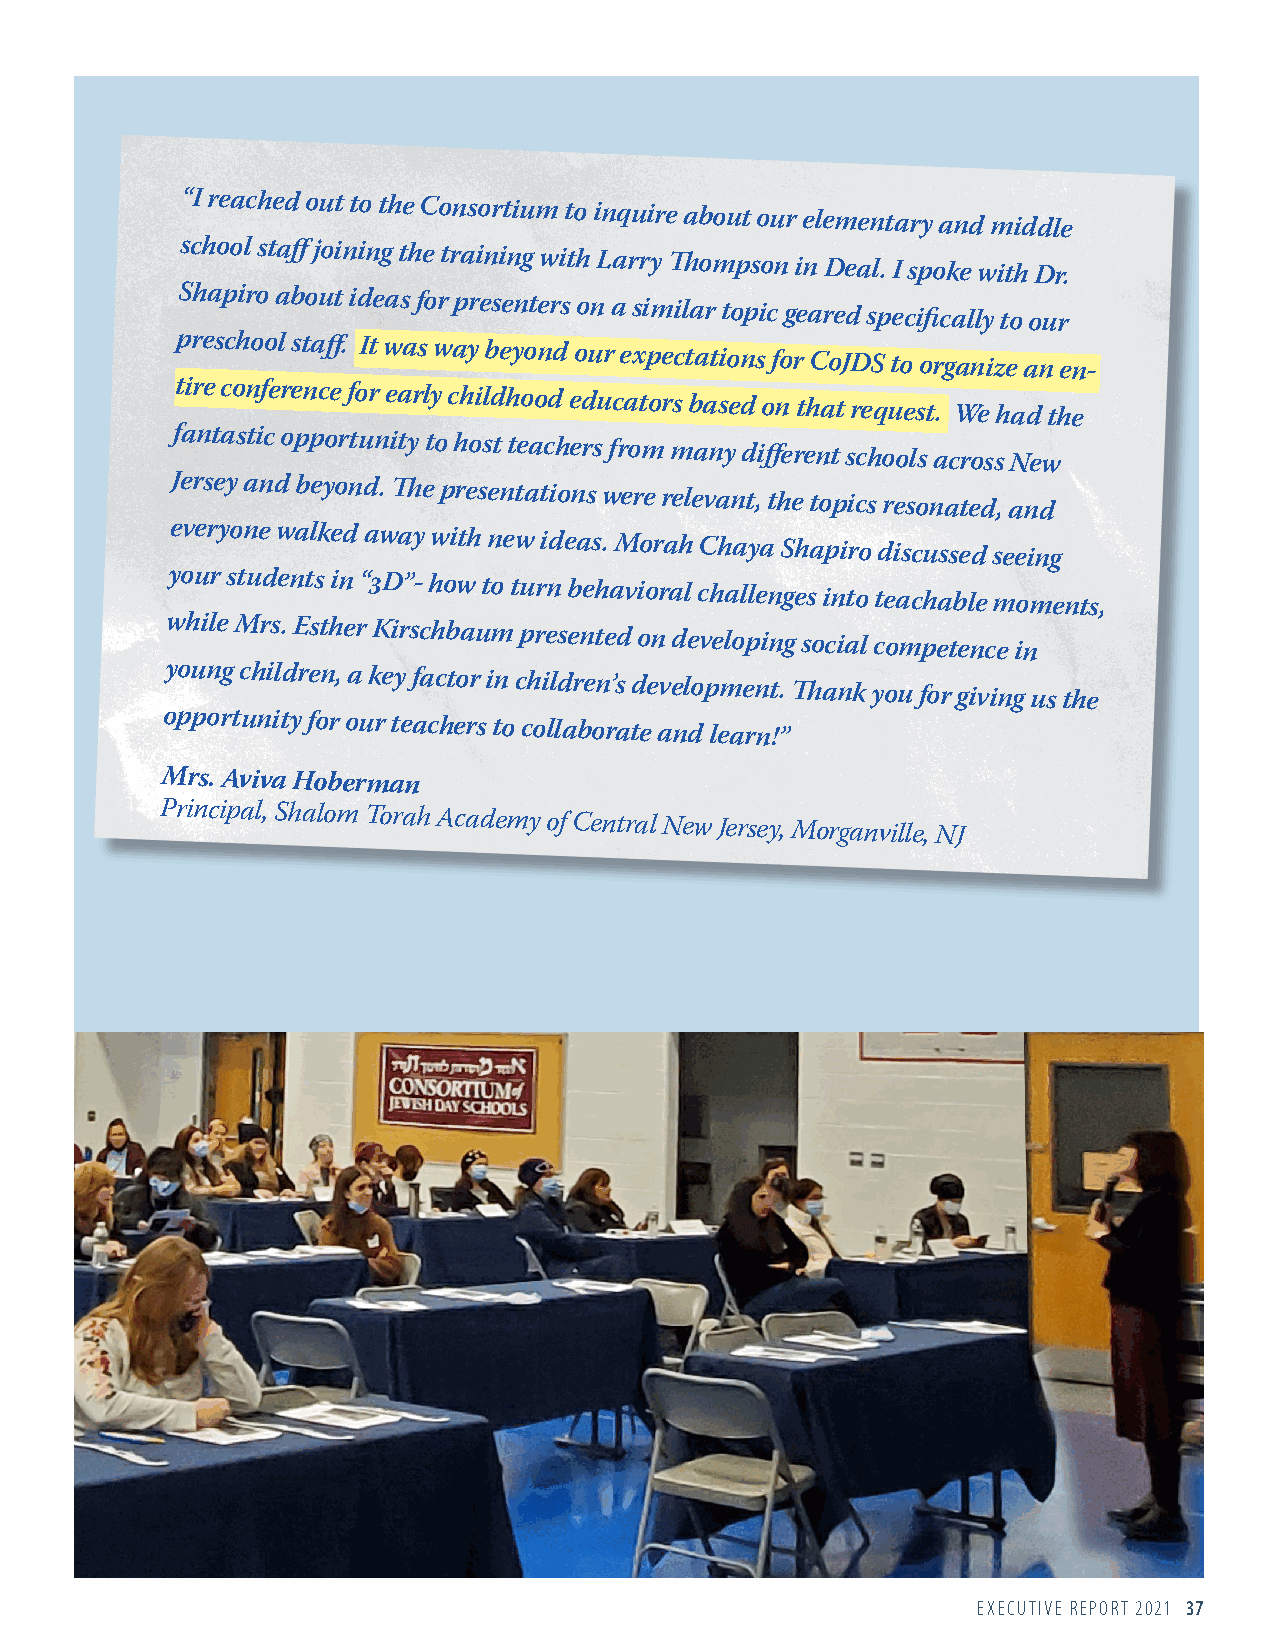
“I reached out to the Consortium to inquire about our elementary and middle
 school staff joining the training with Larry Thompson in Deal. I spoke with Dr.
 Shapiro about ideas for presenters on a similar topic geared specifically to our
 preschool staff. It was way beyond our expectations for CoJDS to organize an en-
 tire conference for early childhood educators based on that request. We had the
 fantastic opportunity to host teachers from many different schools across New
 Jersey and beyond. The presentations were relevant, the topics resonated, and
 everyone walked away with new ideas. Morah Chaya Shapiro discussed seeing
 your students in “3D”- how to turn behavioral challenges into teachable moments,
 while Mrs. Esther Kirschbaum presented on developing social competence in
 young children, a key factor in children’s development. Thank you for giving us the
 opportunity for our teachers to collaborate and learn!”
 Mrs. Aviva Hoberman
 Principal, Shalom Torah Academy of Central New Jersey, Morganville, NJ
 EXECUTIVE REPORT 2021 37